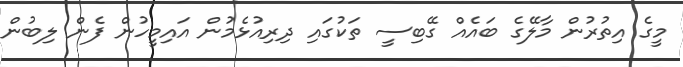
މީގެ އިތުރުން މާލޭގެ ބައެއް ގޭބިސީ ތަކުގައި ދިރިއުޅެމުން އައިމީހުން ފެން ލިބުން